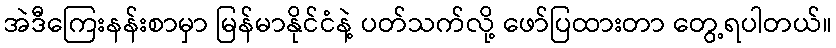
အဲဒီကြေးနန်းစာမှာ မြန်မာနိုင်ငံနဲ့ ပတ်သက်လို့ ဖော်ပြထားတာ တွေ့ရပါတယ်။